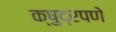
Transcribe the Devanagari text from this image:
क्षुद्रपणे